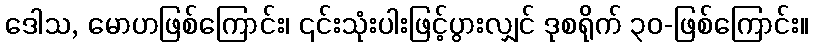
ဒေါသ, မောဟဖြစ်ကြောင်း၊ ၎င်းသုံးပါးဖြင့်ပွားလျှင် ဒုစရိုက် ၃၀-ဖြစ်ကြောင်း။